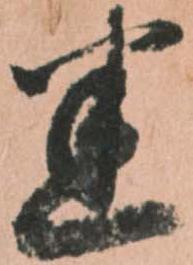
悉